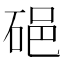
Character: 𥒵